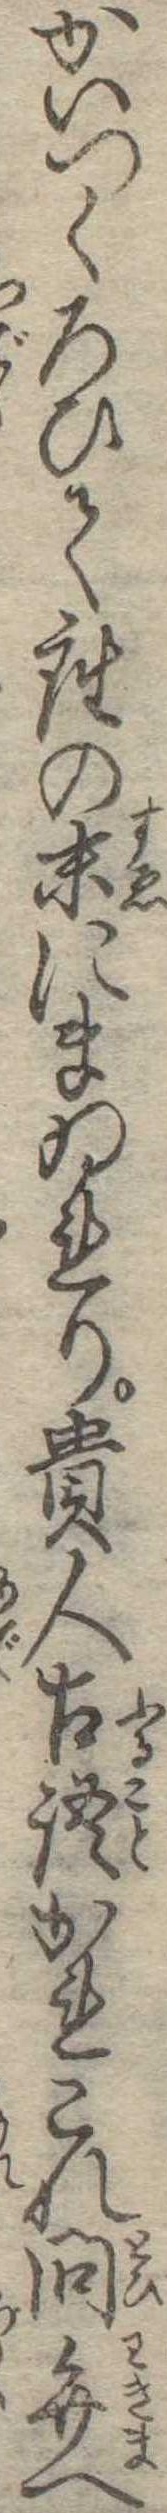
かいつくろひて座の末にまゐれり貴人古語かれこれ問弁へ